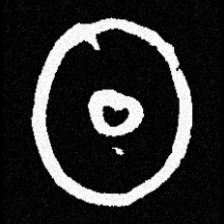
Pyu character \u2014 Myanmar letter: ထ (romanized: tha)